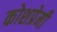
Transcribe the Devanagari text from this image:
कोशप्रेमी